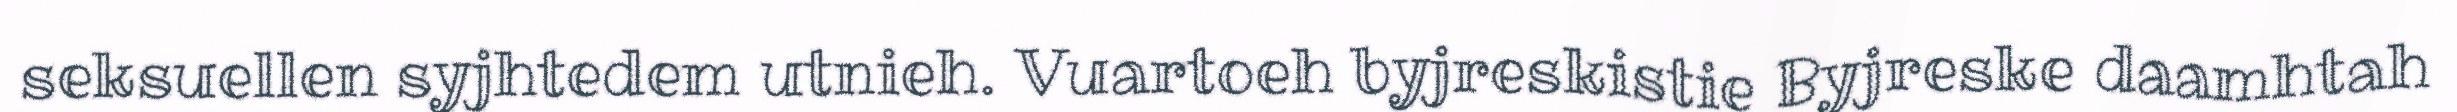
seksuellen syjhtedem utnieh. Vuartoeh byjreskistie Byjreske daamhtah